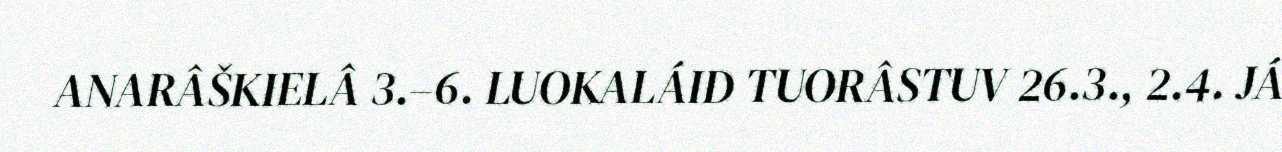
ANARÂŠKIELÂ 3.–6. LUOKALÁID TUORÂSTUV 26.3., 2.4. JÁ